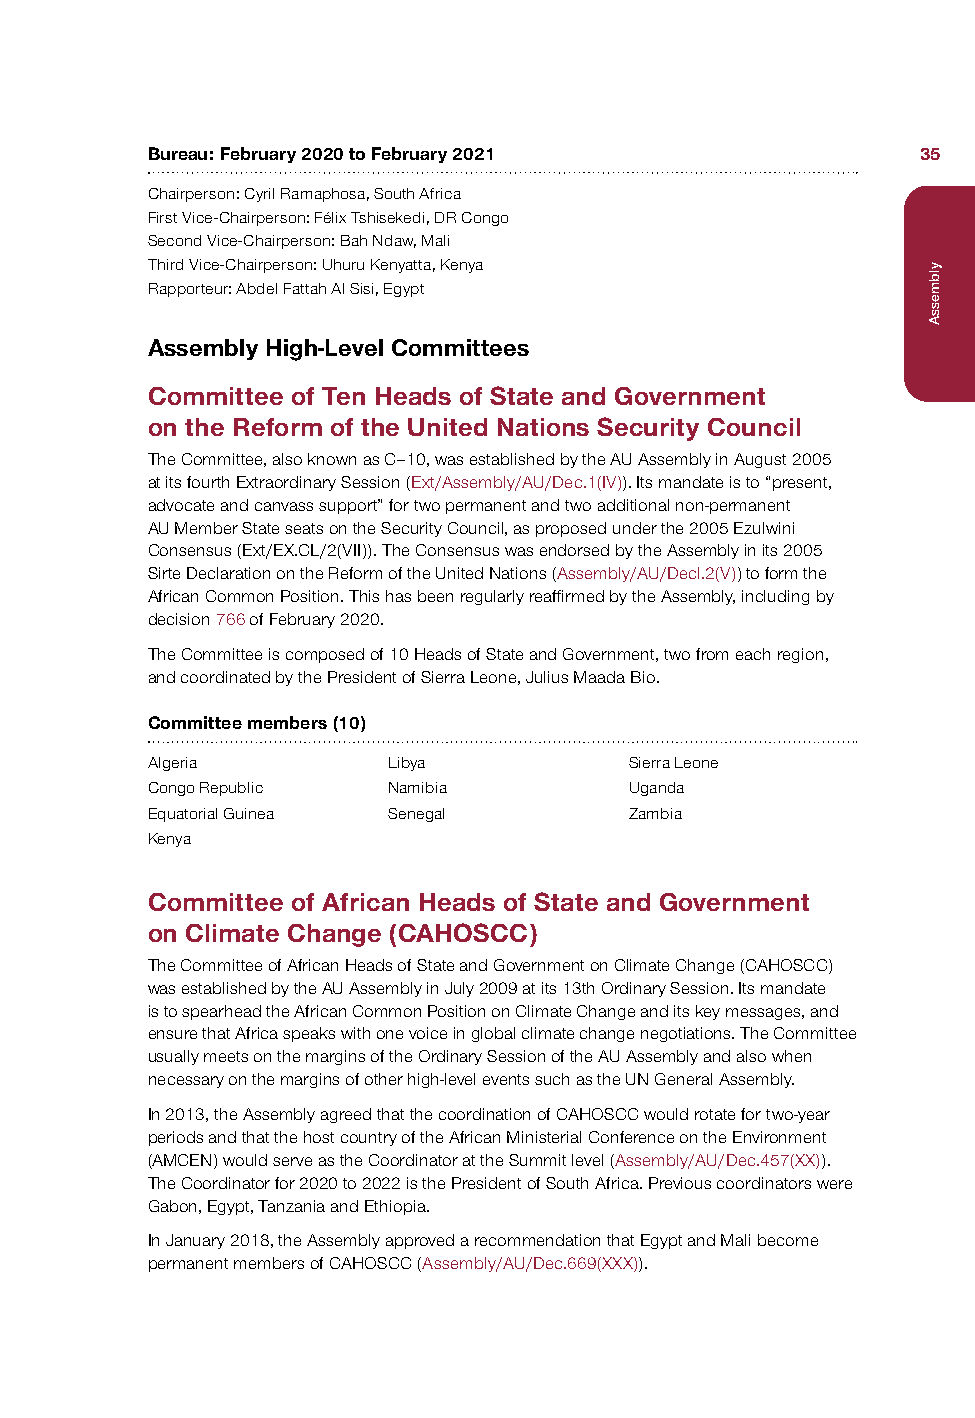
Bureau: February 2020 to February 2021             35
 Chairperson: Cyril Ramaphosa, South Africa
 First Vice-Chairperson: Félix Tshisekedi, DR Congo
 Second Vice-Chairperson: Bah Ndaw, Mali
 Third Vice-Chairperson: Uhuru Kenyatta, Kenya
 Rapporteur: Abdel Fattah Al Sisi, Egypt
 Assembly High-Level Committees
 Committee of Ten Heads of State and Government
 on the Reform of the United Nations Security Council
 The Committee, also known as C–10, was established by the AU Assembly in August 2005
 at its fourth Extraordinary Session (Ext/Assembly/AU/Dec.1(IV)). Its mandate is to “present,
 advocate and canvass support” for two permanent and two additional non-permanent
 AU Member State seats on the Security Council, as proposed under the 2005 Ezulwini
 Consensus (Ext/EX.CL/2(VII)). The Consensus was endorsed by the Assembly in its 2005
 Sirte Declaration on the Reform of the United Nations (Assembly/AU/Decl.2(V)) to form the
 African Common Position. This has been regularly reaffirmed by the Assembly, including by
 decision 766 of February 2020.
 The Committee is composed of 10 Heads of State and Government, two from each region,
 and coordinated by the President of Sierra Leone, Julius Maada Bio.
 Committee members (10)
 Algeria         Libya           Sierra Leone
 Congo Republic  Namibia         Uganda
 Equatorial Guinea Senegal       Zambia
 Kenya
 Committee of African Heads of State and Government
 on Climate Change (CAHOSCC)
 The Committee of African Heads of State and Government on Climate Change (CAHOSCC)
 was established by the AU Assembly in July 2009 at its 13th Ordinary Session. Its mandate
 is to spearhead the African Common Position on Climate Change and its key messages, and
 ensure that Africa speaks with one voice in global climate change negotiations. The Committee
 usually meets on the margins of the Ordinary Session of the AU Assembly and also when
 necessary on the margins of other high-level events such as the UN General Assembly.
 In 2013, the Assembly agreed that the coordination of CAHOSCC would rotate for two-year
 periods and that the host country of the African Ministerial Conference on the Environment
 (AMCEN) would serve as the Coordinator at the Summit level (Assembly/AU/Dec.457(XX)).
 The Coordinator for 2020 to 2022 is the President of South Africa. Previous coordinators were
 Gabon, Egypt, Tanzania and Ethiopia.
 In January 2018, the Assembly approved a recommendation that Egypt and Mali become
 permanent members of CAHOSCC (Assembly/AU/Dec.669(XXX)).
 ylbmessA